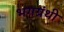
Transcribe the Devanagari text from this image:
भगग्रंथी